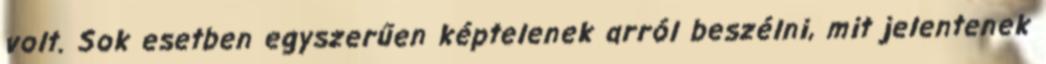
volt. Sok esetben egyszerűen képtelenek arról beszélni, mit jelentenek